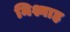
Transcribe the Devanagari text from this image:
मिश्नाह